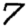
Digit: 7